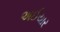
અઈયાર